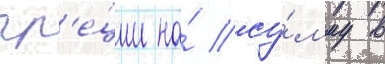
гр'е́ции на́ су́мму в